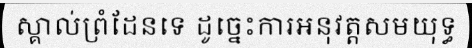
ស្គាល់ព្រំដែនទេ ដូច្នេះការអនុវត្តសមយុទ្ធ